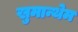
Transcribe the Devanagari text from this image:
खुमान्थेम